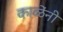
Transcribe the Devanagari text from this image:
काळेंनी